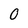
Character: 0